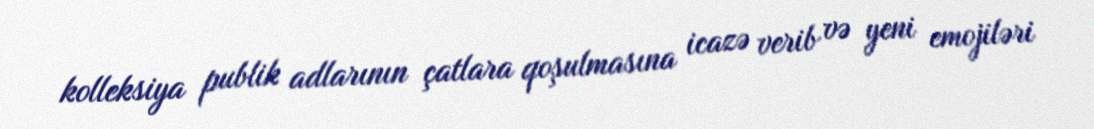
kolleksiya publik adlarının çatlara qoşulmasına icazə verib və yeni emojiləri